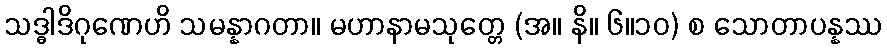
သဒ္ဓါဒိဂုဏေဟိ သမန္နာဂတာ။ မဟာနာမသုတ္တေ (အ။ နိ။ ၆။၁၀) စ သောတာပန္နဿ